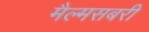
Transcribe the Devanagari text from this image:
मैल्मसबरी